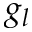
g _ { l }